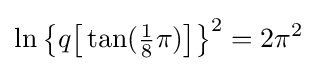
\ln {\bigl \{}q{\bigl [}\tan({\tfrac {1}{8}}\pi ){\bigr ]}{\bigr \}}^{2}=2\pi ^{2}